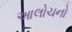
આલોચનો